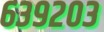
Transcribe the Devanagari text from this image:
६३९२०३